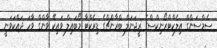
ސެމްސަންގް އިލެކްޓްރޯނިކްސްގެ ރީޖަނަލް ބްރާންޗްގެ ޑިރެކްޓާ މޯބައިލް ވައިކޭ ވާންގް ވާހަ ދައްކަވަނީ